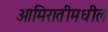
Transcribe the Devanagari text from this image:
आमिरातीमधील